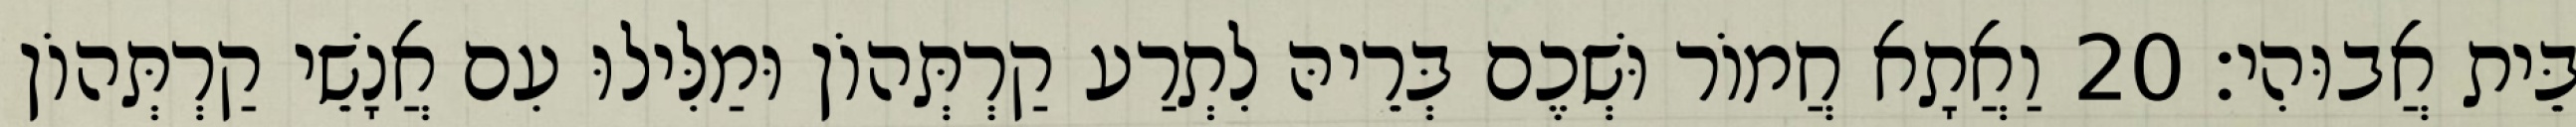
בֵּית אֲבוּהִי׃ 20 וַאֲתָא חֲמוֹר וּשְׁכֶם בְּרֵיהּ לִתְרַע קַרְתְּהוֹן וּמַלִּילוּ עִם אֲנָשֵׁי קַרְתְּהוֹן